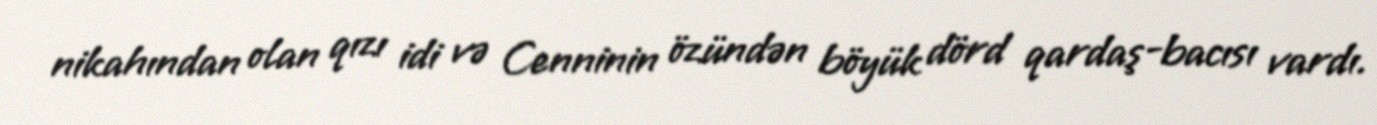
nikahından olan qızı idi və Cenninin özündən böyük dörd qardaş-bacısı vardı.